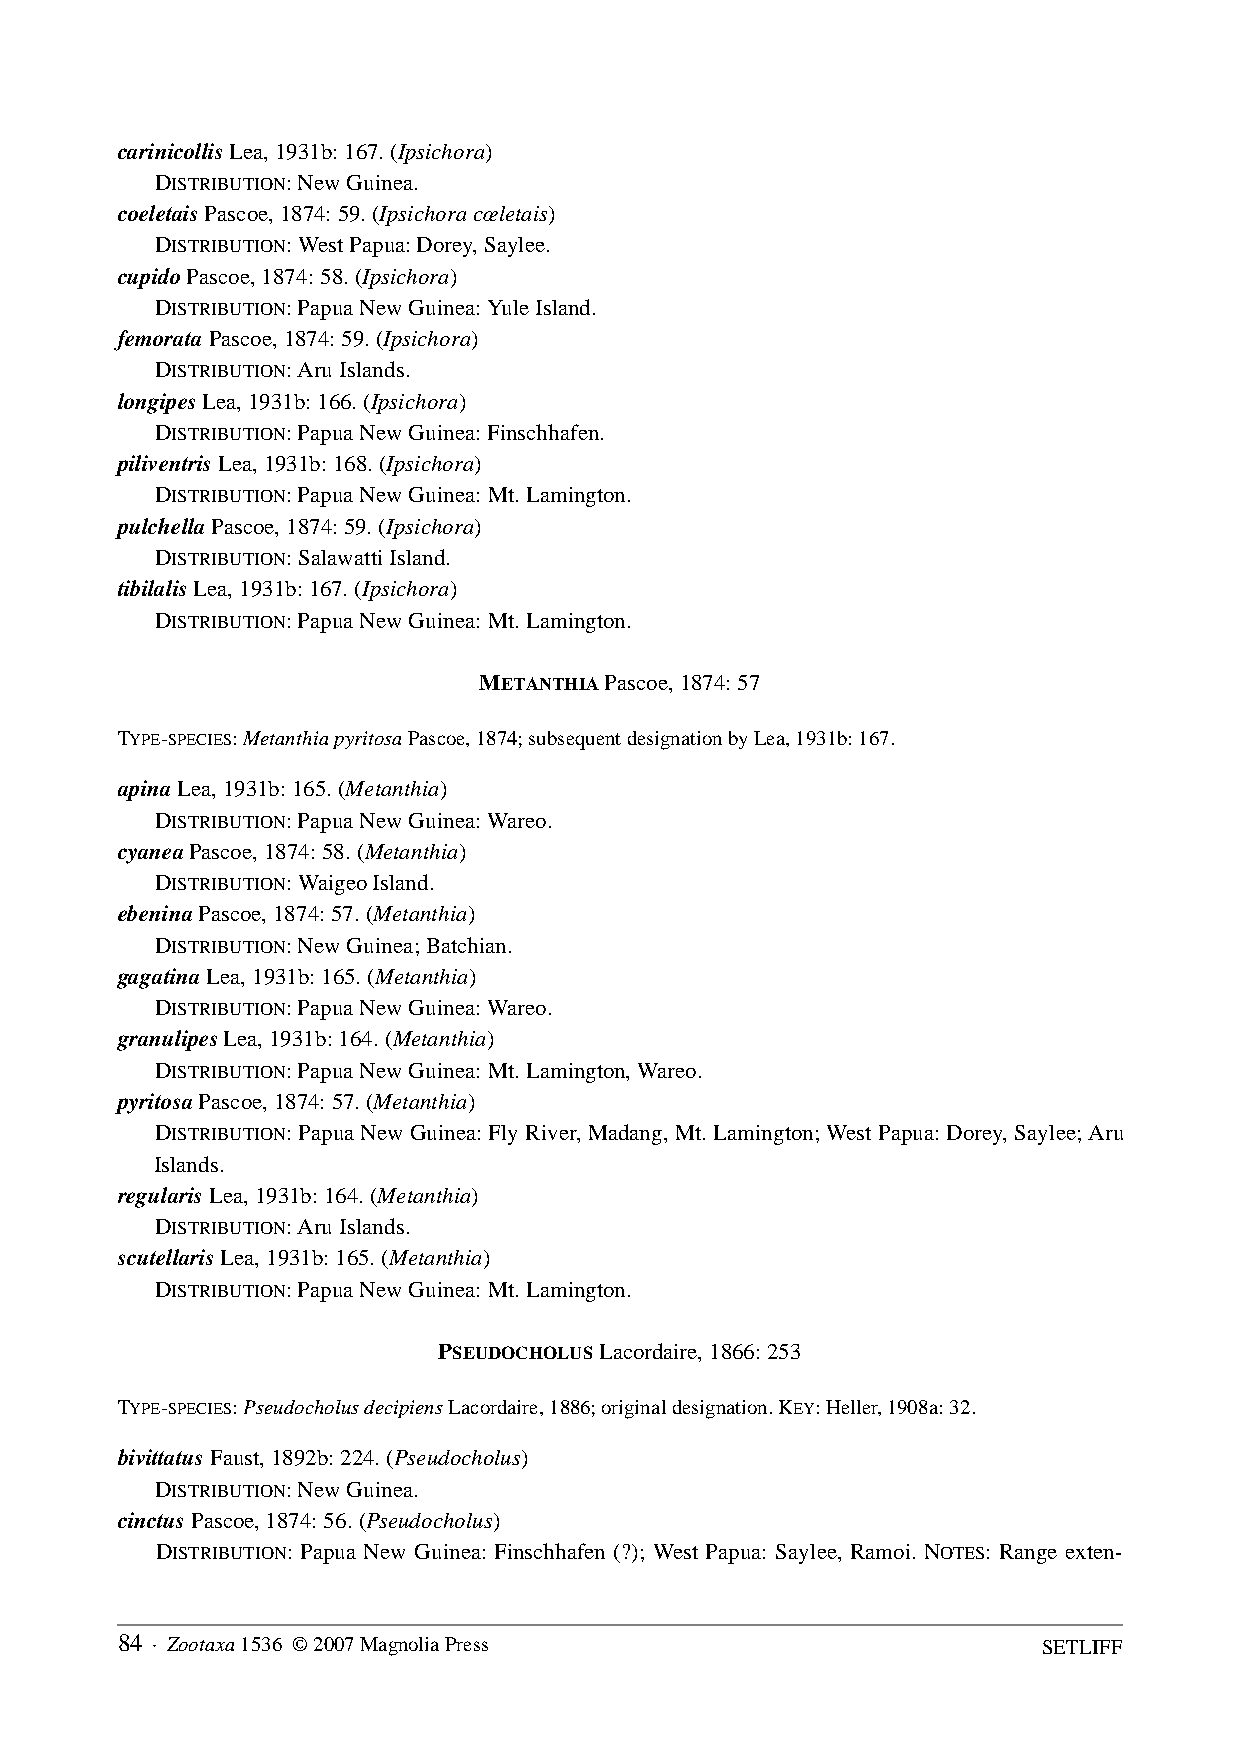
carinicollis Lea, 1931b: 167. (Ipsichora)
 DISTRIBUTION: New Guinea.
 coeletais Pascoe, 1874: 59. (Ipsichora cœletais)
 DISTRIBUTION: West Papua: Dorey, Saylee.
 cupido Pascoe, 1874: 58. (Ipsichora)
 DISTRIBUTION: Papua New Guinea: Yule Island.
 femorata Pascoe, 1874: 59. (Ipsichora)
 DISTRIBUTION: Aru Islands.
 longipes Lea, 1931b: 166. (Ipsichora)
 DISTRIBUTION: Papua New Guinea: Finschhafen.
 piliventris Lea, 1931b: 168. (Ipsichora)
 DISTRIBUTION: Papua New Guinea: Mt. Lamington.
 pulchella Pascoe, 1874: 59. (Ipsichora)
 DISTRIBUTION: Salawatti Island.
 tibilalis Lea, 1931b: 167. (Ipsichora)
 DISTRIBUTION: Papua New Guinea: Mt. Lamington.
 METANTHIA Pascoe, 1874: 57
 TYPE-SPECIES: Metanthia pyritosa Pascoe, 1874; subsequent designation by Lea, 1931b: 167.
 apina Lea, 1931b: 165. (Metanthia)
 DISTRIBUTION: Papua New Guinea: Wareo.
 cyanea Pascoe, 1874: 58. (Metanthia)
 DISTRIBUTION: Waigeo Island.
 ebenina Pascoe, 1874: 57. (Metanthia)
 DISTRIBUTION: New Guinea; Batchian.
 gagatina Lea, 1931b: 165. (Metanthia)
 DISTRIBUTION: Papua New Guinea: Wareo.
 granulipes Lea, 1931b: 164. (Metanthia)
 DISTRIBUTION: Papua New Guinea: Mt. Lamington, Wareo.
 pyritosa Pascoe, 1874: 57. (Metanthia)
 DISTRIBUTION: Papua New Guinea: Fly River, Madang, Mt. Lamington; West Papua: Dorey, Saylee; Aru
 Islands.
 regularis Lea, 1931b: 164. (Metanthia)
 DISTRIBUTION: Aru Islands.
 scutellaris Lea, 1931b: 165. (Metanthia)
 DISTRIBUTION: Papua New Guinea: Mt. Lamington.
 PSEUDOCHOLUS Lacordaire, 1866: 253
 TYPE-SPECIES: Pseudocholus decipiens Lacordaire, 1886; original designation. KEY: Heller, 1908a: 32.
 bivittatus Faust, 1892b: 224. (Pseudocholus)
 DISTRIBUTION: New Guinea.
 cinctus Pascoe, 1874: 56. (Pseudocholus)
 DISTRIBUTION: Papua New Guinea: Finschhafen (?); West Papua: Saylee, Ramoi. NOTES: Range exten-
 84 · Zootaxa 1536 © 2007 Magnolia Press                      SETLIFF